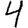
Digit: 4